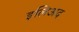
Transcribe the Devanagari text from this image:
इलिअद